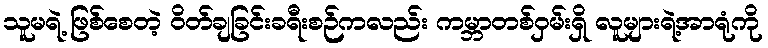
သူမရဲ့ ဖြစ်စေတဲ့ ဝိတ်ချခြင်းခရီးစဉ်ကလည်း ကမ္ဘာတစ်ဝှမ်းရှိ လူများရဲ့အာရုံကို